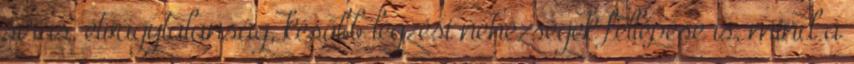
sírás, étvágytalanság, később légzési nehézségek fellépése is, mind a